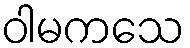
ဝါမကသေ